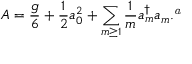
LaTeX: A = { \frac { g } { 6 } } + { \frac { 1 } { 2 } } a _ { 0 } ^ { 2 } + \sum _ { m \geq 1 } { \frac { 1 } { m } } a _ { m } ^ { \dagger } a _ { m } . \footnote { T h e o p e r a t o r A i n R e f . ~ 9 ) i s d i f f e r e n t f r o m A ( \ref { A } ) b y a f a c t o r 6 . }